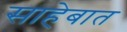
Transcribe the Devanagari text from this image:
साहेबात